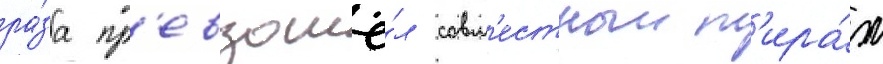
ра́за пр'евзошё́л совм'естныи т'ира́ж